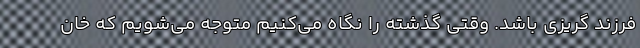
فرزند گریزی باشد. وقتی گذشته را نگاه می‌کنیم متوجه می‌شویم که خان